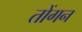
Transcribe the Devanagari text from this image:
तोंगन